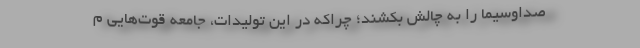
صداوسیما را به چالش بکشند؛ چراکه در این تولیدات، جامعه قوت‌هایی م